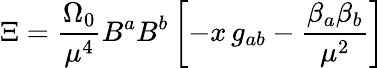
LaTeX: \Xi=\frac{\Omega_{0}}{\mu^{4}}B^{a}B^{b}\left[-x\, g_{ab}-\frac{\beta_{a}\beta_{b}}{\mu^{2}}\right]